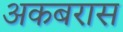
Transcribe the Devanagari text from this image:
अकबरास